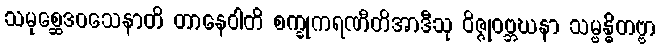
သမုစ္ဆေဒဝသေနာတိ တာနေဝါတိ စက္ခုကရဏီတိအာဒီသု ဝိဇ္ဇုဝဗ္ဘဃနာ သမ္ဗန္ဓိတဗ္ဗာ